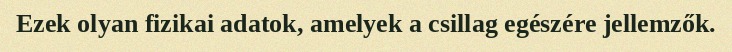
Ezek olyan fizikai adatok, amelyek a csillag egészére jellemzők.